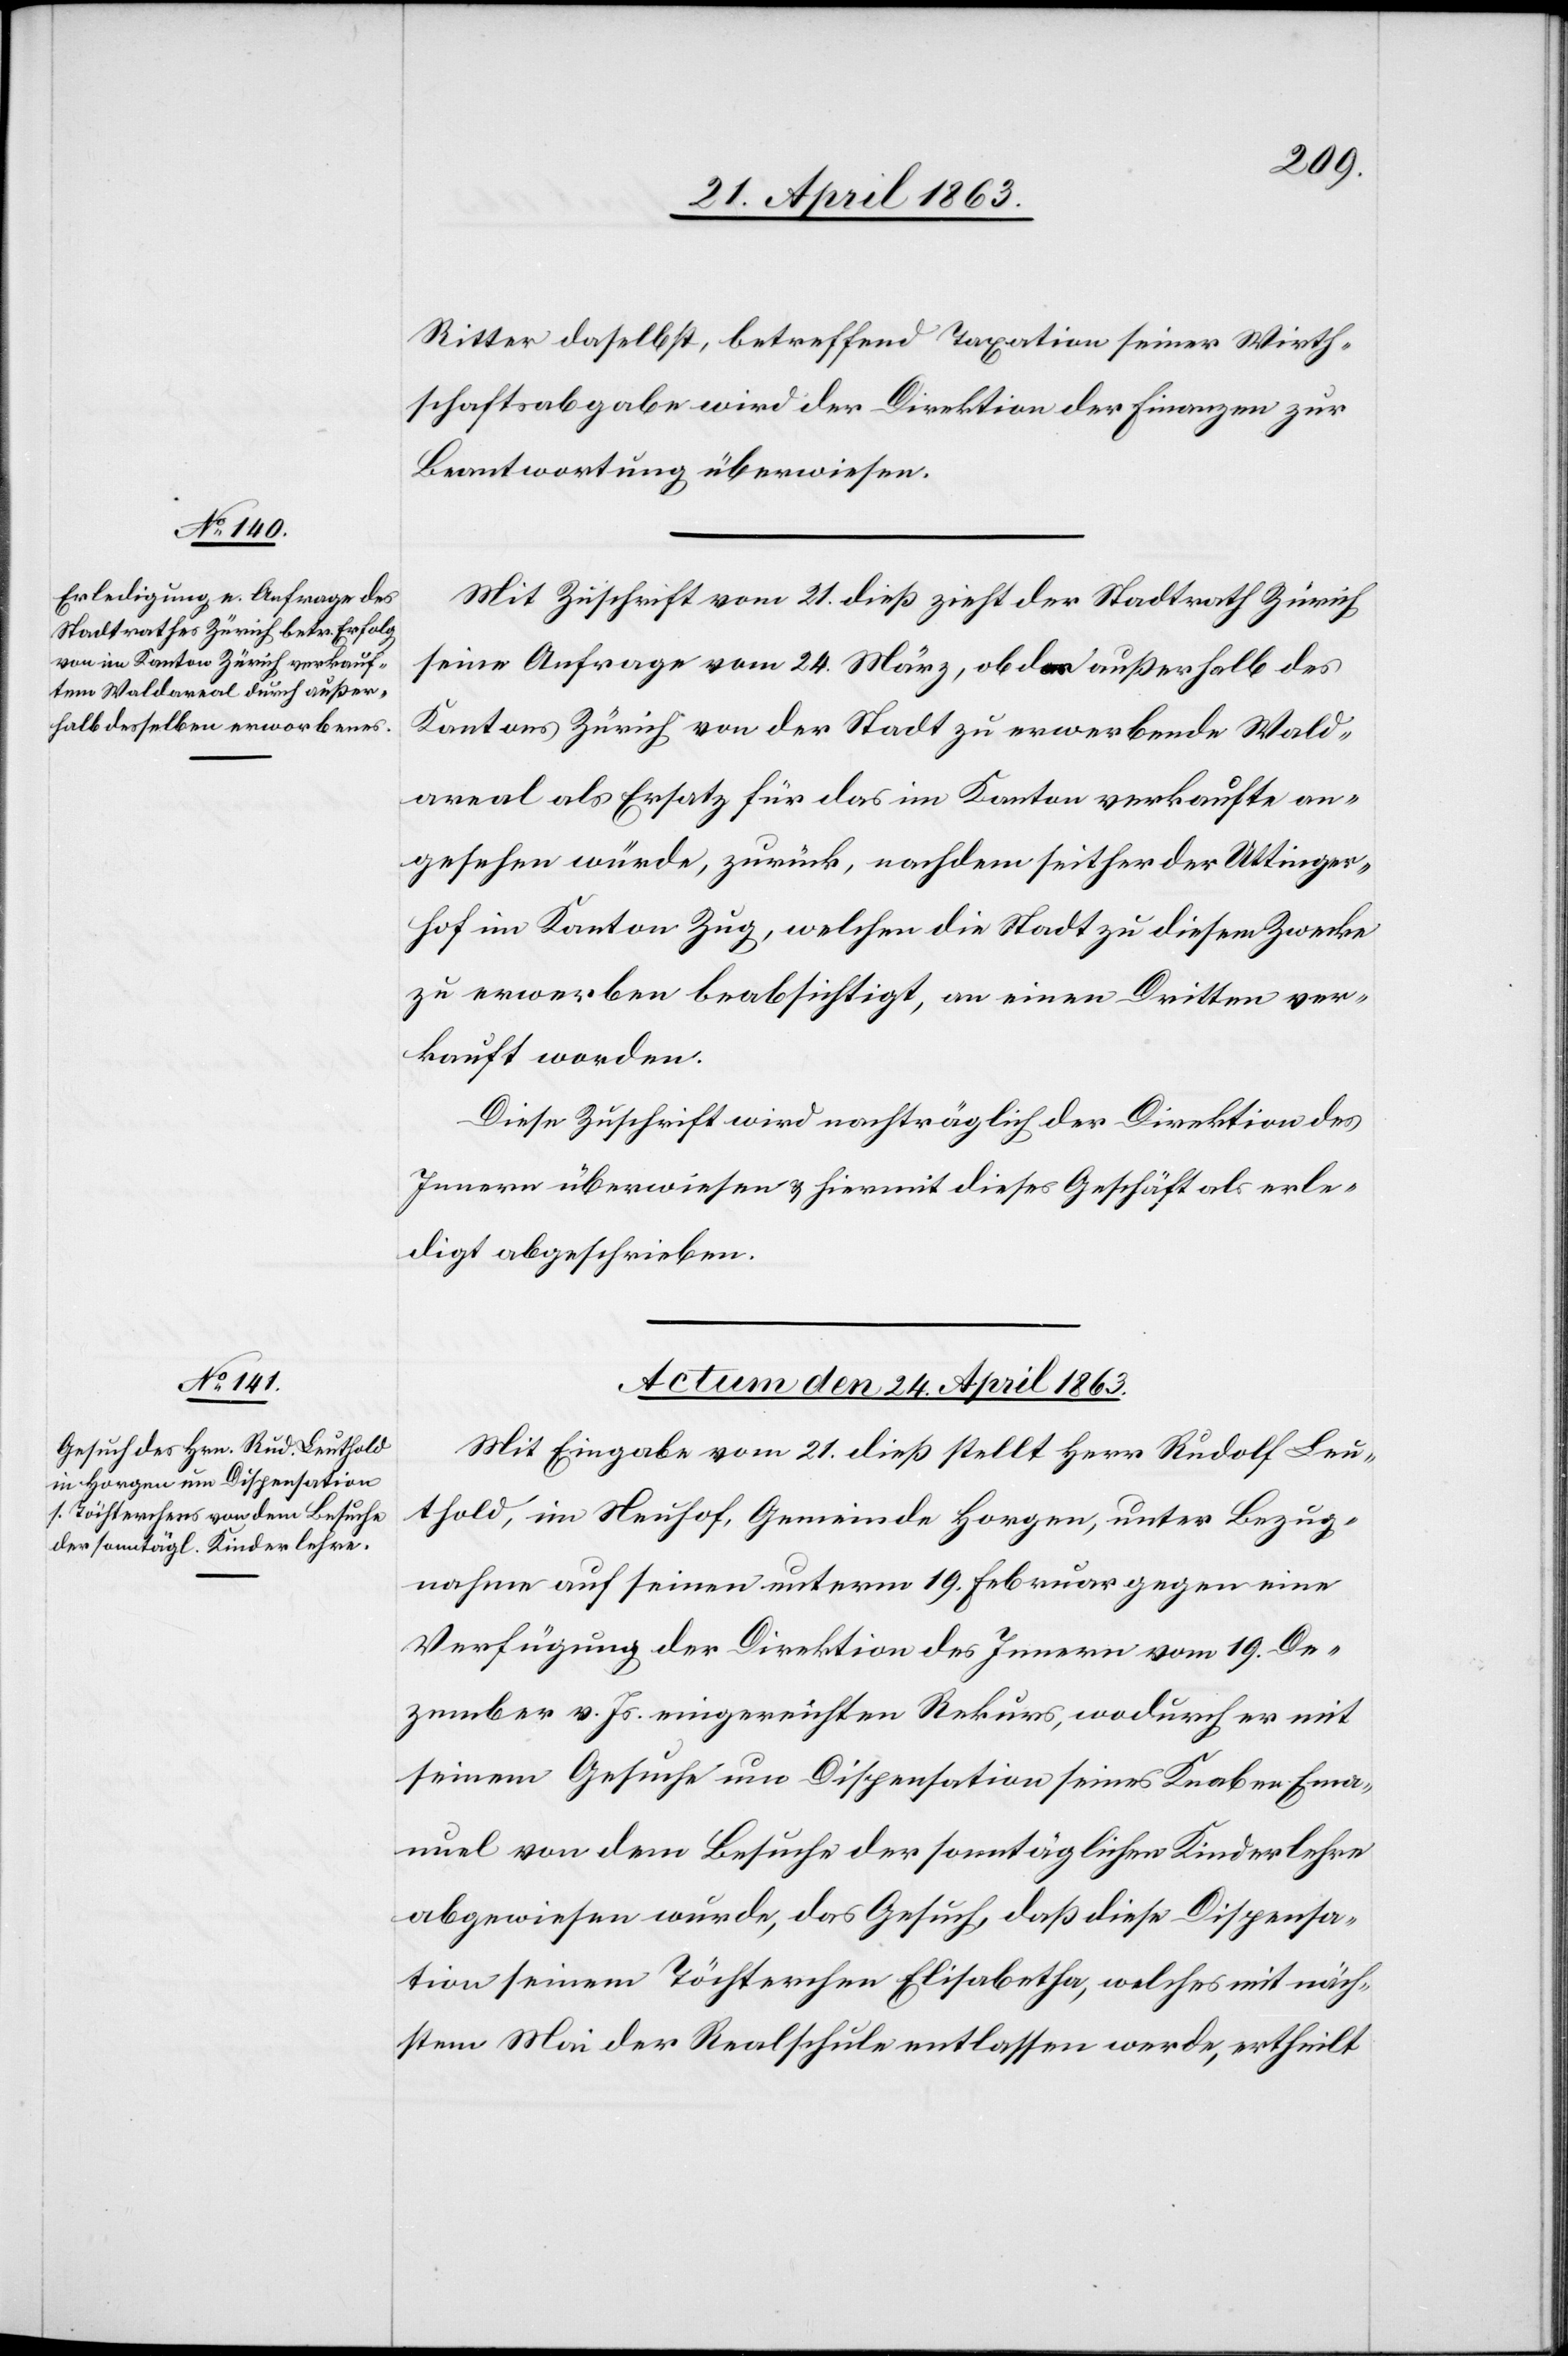
Ritter daselbst, betreffend Taxation seiner Wirth¬
schaftsabgabe wird der Direktion der Finanzen zur
Beantwortung überwiesen.
Mit Zuschrift vom 21. dieß zieht der Stadtrath Zürich
seine Anfrage vom 24. März, ob das außerhalb des
Kantons Zürich von der Stadt zu erwerbende Wald¬
areal als Ersatz für das im Kanton verkaufte an¬
gesehen würde, zurück, nachdem seither der Uttinger¬
hof im Kanton Zug, welchen die Stadt zu diesem Zwecke
zu erwerben beabsichtigt, an einen Dritten ver¬
kauft worden.
Diese Zuschrift wird nachträglich der Direktion des
Innern überwiesen & hiermit dieses Geschäft als erle¬
digt abgeschrieben.
Actum den 24. April 1863.
Mit Eingabe vom 21. dieß stellt Herr Rudolf Leu¬
thold, im Neuhof, Gemeinde Horgen, unter Bezug¬
nahme auf seinen unterm 19. Februar gegen eine
Verfügung der Direktion des Innern vom 19. De¬
zember v. Js. eingereichten Rekurs, wodurch er mit
seinem Gesuche um Dispensation seines Knaben Ema¬
nuel von dem Besuche der sonntäglichen Kinderlehre
abgewiesen wurde, das Gesuch, daß diese Dispensa¬
tion seinem Töchterchen Elisabetha, welches mit näch¬
stem Mai der Realschule entlassen werde, ertheilt